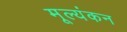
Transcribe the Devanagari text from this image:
मूल्यंकन